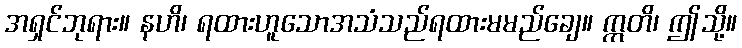
အရှင်ဘုရား။ နဟိ၊ ရထားဟူသောအသံသည်ရထားမမည်ချေ။ ဣတိ၊ ဤသို့။